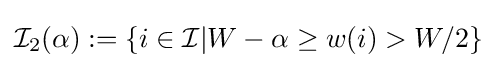
{\mathcal {I}}_{2}(\alpha ):=\{i\in {\mathcal {I}}|W-\alpha \geq w(i)>W/2\}